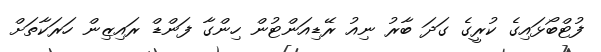
ފުޓްބޯޅައިގެ ކުރީގެ ގަދަ ބާރު ނިއު ރޭޑިއަންޓުން ހިންގާ ފަންޑް ރައިޒިން ހަރަކާތަށް